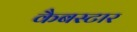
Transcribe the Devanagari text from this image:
कैबस्टार